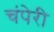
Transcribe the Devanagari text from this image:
चंपेरी